Vaccination United Provinces of Agra and Oudh 1902-1913 - 1902-1913
Year: 1902
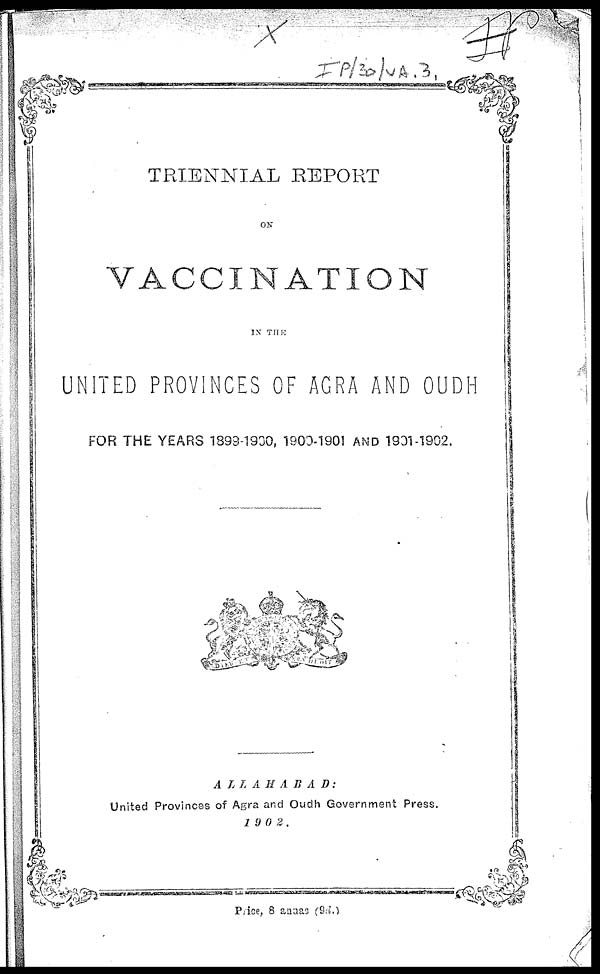
TRIENNIAL REPORT
ON
VACCINATION
IN THE
UNITED PROVINCES OF AGRA AND OUDH
FOR THE YEARS 1899-1900, 1900-1901 AND 1901-1902.
ALLAHABAD:
United Provinces of Agra and Oudh Government Press.
1902.
Price, 8 annas (9d.)